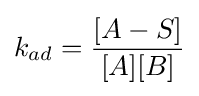
k_{ad}={\frac {[A-S]}{[A][B]}}